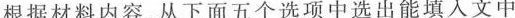
根据材料内容,从下面五个选项中选出能填入文中